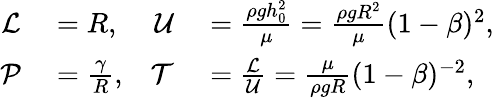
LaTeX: \begin{array}{rlrl}{\mathcal{L}}&{{}=R,}&{\mathcal{U}}&{{}=\frac{\rho gh_{0}^{2}}{\mu}=\frac{\rho gR^{2}}{\mu}(1-\beta)^{2},}\\ {\mathcal{P}}&{{}=\frac{\gamma}{R},}&{\mathcal{T}}&{{}=\frac{\mathcal{L}}{\mathcal{U}}=\frac{\mu}{\rho gR}(1-\beta)^{-2},}\end{array}